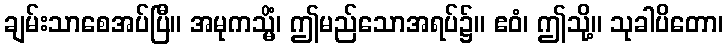
ချမ်းသာစေအပ်ပြီ။ အမုကသ္မိံ၊ ဤမည်သောအရပ်၌။ ဧဝံ၊ ဤသို့။ သုခါပိတော၊